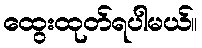
ထွေးထုတ်ရပါမယ်။